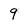
Character: 9